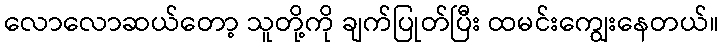
လောလောဆယ်တော့ သူတို့ကို ချက်ပြုတ်ပြီး ထမင်းကျွေးနေတယ်။